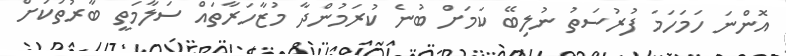
އޮންނަ ހަމަހަމަ ފުރުސަތު ނުލިބޭ ކަމަށް ބުނެ ކުރަމުންދާ މުޒާހަރާތައް ސަލާމަތީ ބާރުތަކަށް